Calcutta medical institutions reports 1871-78
Year: 1871
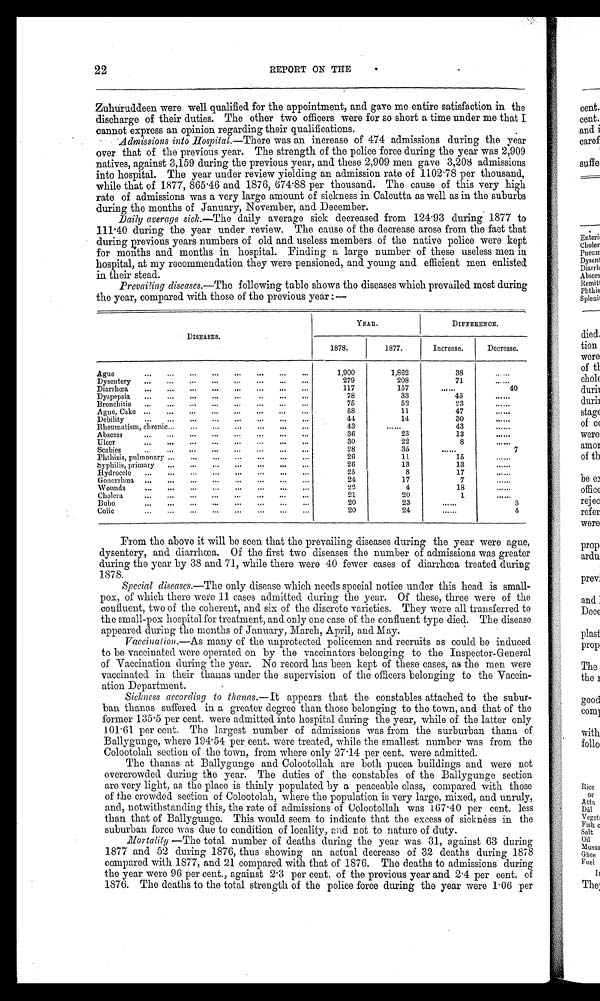
22
REPORT ON THE
Zuhuruddeen were well qualified for the appointment, and gave me entire satisfaction in the
discharge of their duties. The other two officers were for so short a time under me that I
cannot express an opinion regarding their qualifications.
Admissions into Hospital.—There was an increase of 474 admissions during the year
over that of the previous year. The strength of the police force during the year was 2,909
natives, against 3,159 during the previous year, and these 2,909 men gave 3,208 admissions
into hospital. The year under review yielding an admission rate of 1102.78 per thousand,
while that of 1877, 865.46 and 1876, 674.88 per thousand. The cause of this very high
rate of admissions was a very large amount of sickness in Calcutta as well as in the suburbs
during the months of January, November, and December.
Daily average sick .—The daily average sick decreased from 124.93 during 1877 to
111.40 during the year under review. The cause of the decrease arose from the fact that
during previous years numbers of old and useless members of the native police were kept
for months and months in hospital. Finding a large number of these useless men in
hospital, at my recommendation they were pensioned, and young and efficient men enlisted
in their stead.
Prevailing diseases .—The following table shows the diseases which prevailed most during
the year, compared with those of the previous year:—
DISEASES.
YEAR.
DIFFERENCE.
1878.
1877.
Increase.
Decrease.
Ague
1,900
1,862
38
. . . . . .
Dysentery
279
208
71
. . . . . .
Diarrhœa
117
157
. . . . . .
40
Dyspepsia
78
33
45
. . . . . .
Bronchitis
75
52
23
. . . . . .
Ague, Cake
58
11
47
. . . . . .
Debility
44
14
30
. . . . . .
Rheumatism, chronic
43
. . . . . .
43
. . . . . .
Abscess
36
23
13
. . . . . .
Ulcer
30
22
8
. . . . . .
Scabies
28
35
. . . . . .
7
Phthisis, pulmonary
26
11
15
. . . . . .
S y p h i l i s , p r i m a r y
2 6
13
13
. . . . . .
Hy d r o c e l e
25
8
17
......
Gonorrhœa
24
17
7
......
Wounds
22
4
18
......
Cholera
21
20
1
. . . . . .
Bubo
20
23
... ...
3
Colic
20
24
. . . . . .
4
From the above it Will be seen that the prevailing diseases during the year were ague,
dysentery, and diarrhœa. Of the first two diseases the number of admissions was greater
during the year by 38 and 71, while there were 40 fewer cases of diarrhœa treated during
1878.
Special diseases.—The only disease which needs special notice under this head is small-
pox, of which there were 11 cases admitted during the year. Of these, three were of the
confluent, two of the coherent, and six of the discrete varieties. They were all transferred to
the small-pox hospital for treatment, and only one case of the confluent type died. The disease
appeared during the months of January, March, April, and May.
Vaccination .—As many of the unprotected policemen and recruits as could be induced
to be vaccinated were operated on by the vaccinators belonging to the Inspector-General
of Vaccination during the year. No record has been kept of these cases, as the men were
vaccinated in their thanas under the supervision of the officers belonging to the Vaccin-
ation Department.
Sickness according to thanas .—It appears that the constables attached to the subur-
ban thanas suffered in a greater degree than those belonging to the town, and that of the
former 135.5 per cent. were admitted into hospital during the year, while of the latter only
101.61 per cent. The largest number of admissions was from the surburban thana of
Ballygunge, where 194.54 per cent. were treated, while the smallest number was from the
Colootolah section of the town, from where only 27.14 per cent. were admitted.
The thanas at Ballygunge and Colootollah are both pucca buildings and were not
overcrowded during the year. The duties of the constables of the Ballygunge section
are very light, as the place is thinly populated by a peaceable class, compared with those
of the crowded section of Colootolah, where the population is very large, mixed, and unruly,
and, notwithstanding this, the rate of admissions of Colootollah was 167.40 per cent. less
than that of Ballygunge. This would seem to indicate that the excess of sickness in the
suburban force was due to condition of locality, and rot to nature of duty.
Mortality —The total number of deaths during the year was 31, against 63 during
1877 and 52 during 1876, thus showing an actual decrease of 32 deaths during 1878
compared with 1877, and 21 compared with that of 1876. The deaths to admissions during
the year were 96 per cent., against 2-3 per cent. of the previous year and 2-4 per cent. of
1876. The deaths to the total strength of the police force during the year were 1.06 per